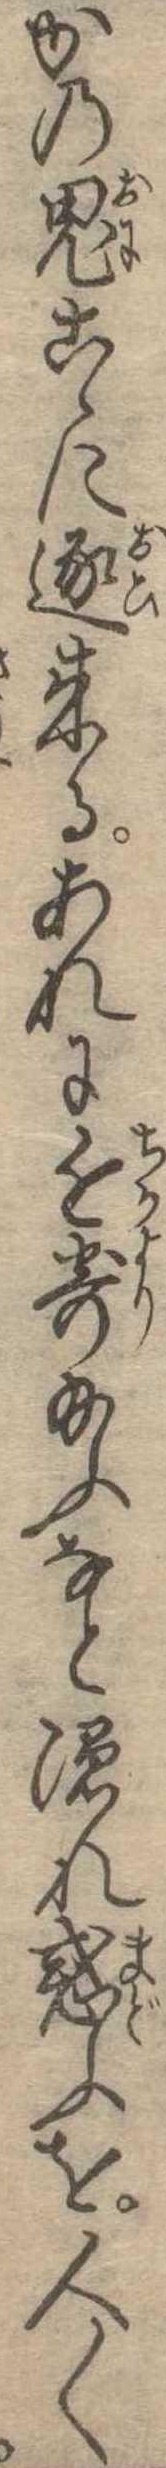
かの鬼こゝに逐来るあれに近寄給ふなと隠れ惑ふを人〱